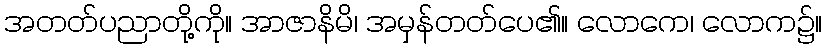
အတတ်ပညာတို့ကို။ အာဇာနိမိ၊ အမှန်တတ်ပေ၏။ လောကေ၊ လောက၌။